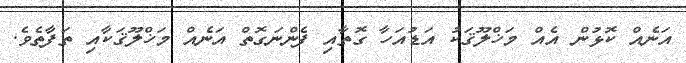
އަނެއް ކޮޅުން އެއް މަޚްލޫޤަކު އަޑުއަހާ ގޮތާއި ފެންނަގޮތް އަނެއް މަޚްލޫޤަކާއި ތަފާތެވެ.